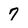
Character: 7